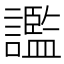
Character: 𧭗